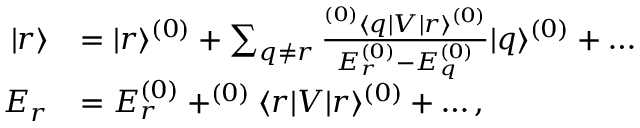
\begin{array} { r l } { | r \rangle } & { = | r \rangle ^ { ( 0 ) } + \sum _ { q \ne r } \frac { ^ { ( 0 ) } \langle q | V | r \rangle ^ { ( 0 ) } } { E _ { r } ^ { ( 0 ) } - E _ { q } ^ { ( 0 ) } } | q \rangle ^ { ( 0 ) } + \dots } \\ { E _ { r } } & { = E _ { r } ^ { ( 0 ) } + ^ { ( 0 ) } \langle r | V | r \rangle ^ { ( 0 ) } + \dots , } \end{array}